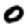
Digit: 0